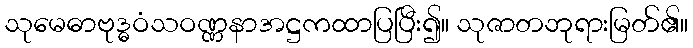
သုမေဓာဗုဒ္ဓဝံသဝဏ္ဏနာအဋ္ဌကထာပြပြီး၍။ သုဇာတဘုရားမြတ်၏။